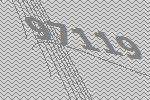
97119